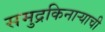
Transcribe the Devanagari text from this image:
समुद्रकिनाऱ्याची